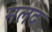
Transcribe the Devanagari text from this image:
मलद